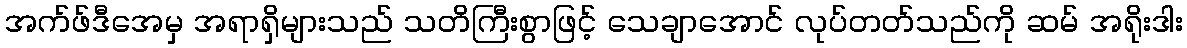
အက်ဖ်ဒီအေမှ အရာရှိများသည် သတိကြီးစွာဖြင့် သေချာအောင် လုပ်တတ်သည်ကို ဆမ် အရိုးဒါး